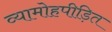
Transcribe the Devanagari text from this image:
व्यामोहपीड़ित